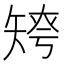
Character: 𥏤